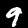
Label: 9